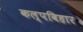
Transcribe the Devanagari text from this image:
कल्पविहार